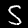
Label: 5